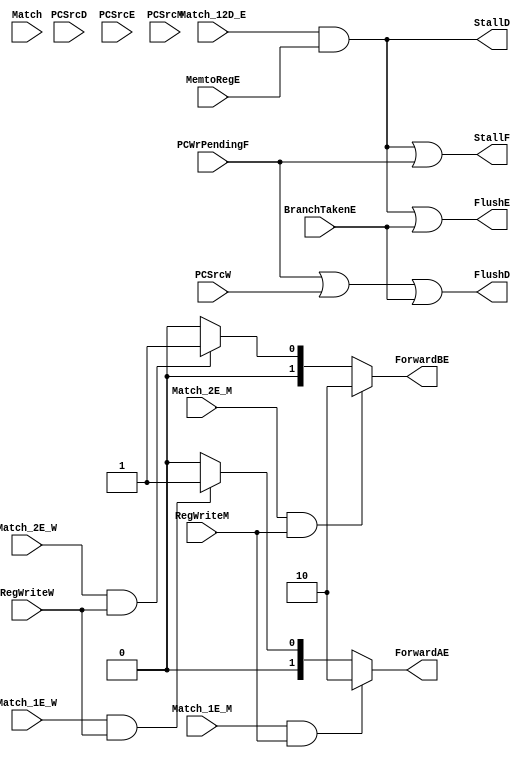
module hazard_unit (
    output StallF,
    output StallD,
    output FlushD,
    output FlushE,
    output reg [1:0] ForwardAE,
    output reg [1:0] ForwardBE,

    input Match,
    input RegWriteM,
    input RegWriteW,
    input MemtoRegE,
    input PCSrcD,
    input PCSrcE,
    input PCSrcM,
    input PCSrcW,
    input BranchTakenE,
    input PCWrPendingF,

    input Match_1E_M,
    input Match_1E_W,
    input Match_2E_M,
    input Match_2E_W,
    input Match_12D_E

);

    wire LDRStallD;

    /* Forwarding */
    always @* begin
        if (Match_1E_M & RegWriteM) ForwardAE = 2'b10;

        else if (Match_1E_W & RegWriteW) ForwardAE = 2'b01;

        else ForwardAE = 2'b00;

        if (Match_2E_M & RegWriteM) ForwardBE = 2'b10;

        else if (Match_2E_W & RegWriteW) ForwardBE = 2'b01;

        else ForwardBE = 2'b00;
    end

    assign LDRStallD = Match_12D_E & MemtoRegE;
    assign StallD = LDRStallD;
    assign StallF = LDRStallD | PCWrPendingF;
    assign FlushE = LDRStallD | BranchTakenE;
    assign FlushD = PCWrPendingF | PCSrcW | BranchTakenE;

endmodule